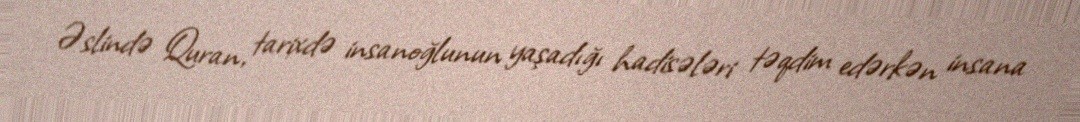
Əslində Quran, tarixdə insanoğlunun yaşadığı hadisələri təqdim edərkən insana